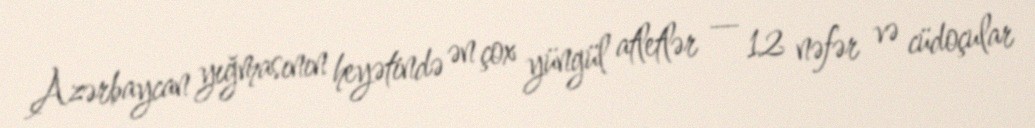
Azərbaycan yığmasının heyətində ən çox yüngül atletlər — 12 nəfər və cüdoçular